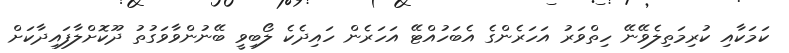
ކަމަކާއި ކުރިމަތިލެވޭނޭ ހިތްވަރު އަަހަރެންގެ އެބަހުއްޓޭ އަހަރެން ހައިދެކެ ލޯބިވީ ބޭނުންވާވަގުތު ދޫކޮށްލާފައިދާކަށް